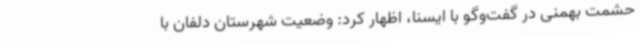
حشمت بهمنی در گفت‌وگو با ایسنا، اظهار کرد: وضعیت شهرستان دلفان با